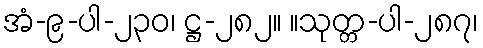
အံ-၉-ပါ-၂၃၀၊ ဋ္ဌ-၂၈၂။ ။သုတ္တ-ပါ-၂၈၇၊